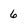
Character: 6